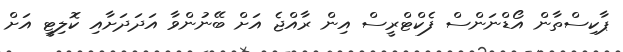
ޕާކިސްތާން އޯޑްނަންސް ފެކްޓްރީސް އިން ރާއްޖެ އަށް ބޭނުންވާ އަދަދަށާއި ކޮލިޓީ އަށް